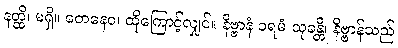
နတ္ထိ၊ မရှိ။ တေနေဝ၊ ထိုကြောင့်လျှင်။ နိဗ္ဗာနံ ပရမံ သုခန္တိ၊ နိဗ္ဗာန်သည်